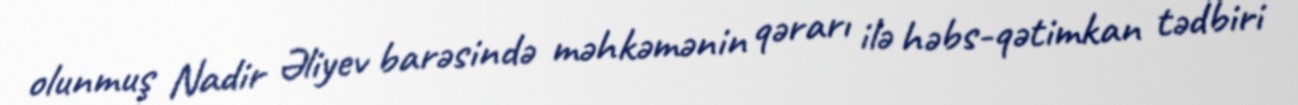
olunmuş Nadir Əliyev barəsində məhkəmənin qərarı ilə həbs-qətimkan tədbiri